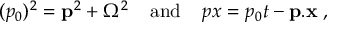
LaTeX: ( p _ { 0 } ) ^ { 2 } = { \bf p } ^ { 2 } + \Omega ^ { 2 } \; \; \; \; \mathrm { a n d } \; \; \; \; p x = p _ { 0 } t - { \bf p } . { \bf x } \; ,